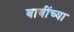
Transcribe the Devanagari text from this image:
बाबींच्‍या